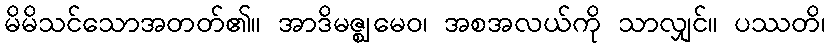
မိမိသင်သောအတတ်၏။ အာဒိမဇ္ဈမေဝ၊ အစအလယ်ကို သာလျှင်။ ပဿတိ၊